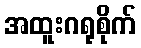
အထူးဂရုစိုက်